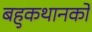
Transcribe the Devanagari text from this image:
बहुकथानकों